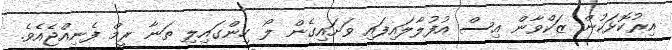
އިރުކޮޅަކުން ޒަކްވާން އިސް އުފުލާލައިފައި ވަށައިގެން ލޯ ހިންގައިލި ތަނާ ރީމް ފެނިއްޖެއެވެ.